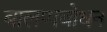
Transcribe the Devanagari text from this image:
बालप्पबोधन